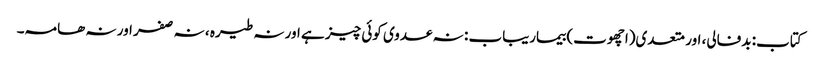
کتاب: بدفالی، اور متعدی(اچھوت) بیماریباب : نہ عدوی کوئی چیز ہے اور نہ طیرہ ، نہ صفر اور نہ ھامہ۔